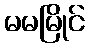
မမမြိုင်